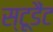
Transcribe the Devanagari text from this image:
स्टूडैंट